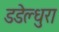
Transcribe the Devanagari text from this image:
डडेल्धुरा